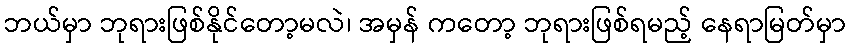
ဘယ်မှာ ဘုရားဖြစ်နိုင်တော့မလဲ၊ အမှန် ကတော့ ဘုရားဖြစ်ရမည့် နေရာမြတ်မှာ